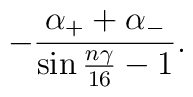
-\frac{\alpha_{+}+\alpha_{-}}{\sin{n\gamma\over{16}}-1}.